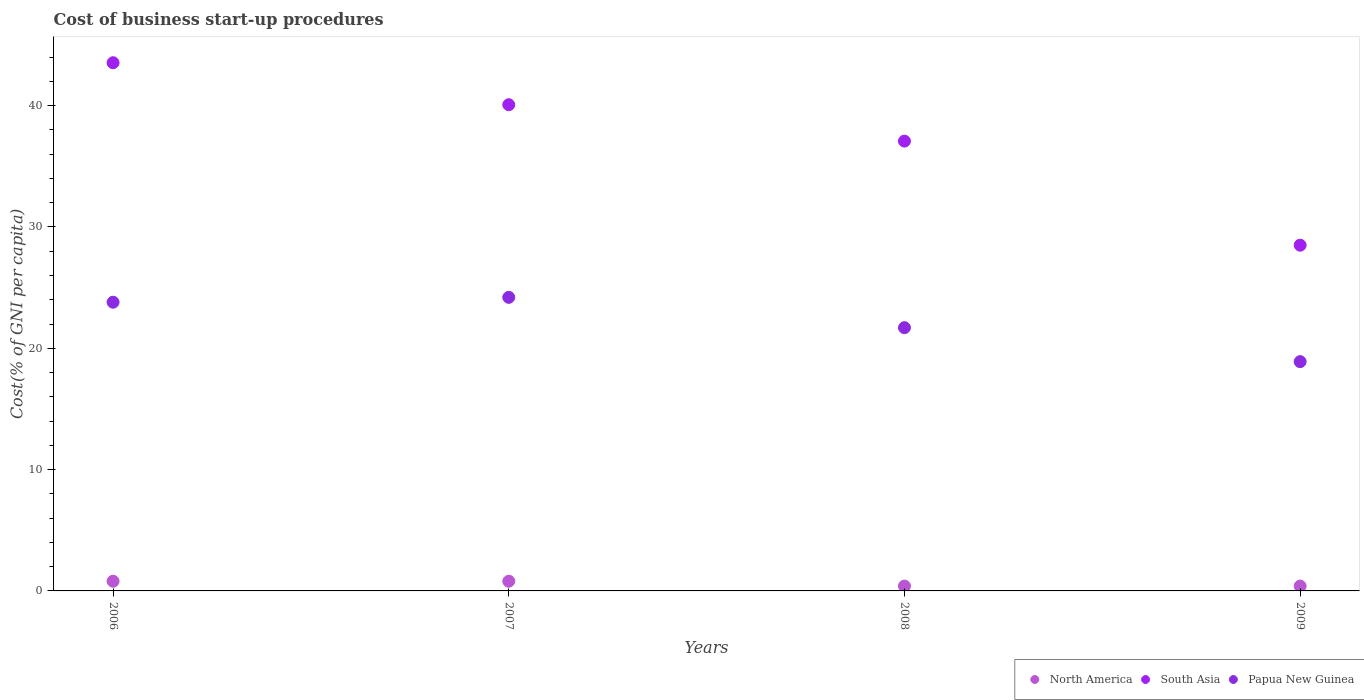
| Years | North America | South Asia | Papua New Guinea |
 | --- | --- | --- | --- |
 | 2006 | 0.8 | 43.5 | 23.8 |
 | 2007 | 0.8 | 40.1 | 24.2 |
 | 2008 | 0.4 | 37.1 | 21.7 |
 | 2009 | 0.4 | 28.5 | 18.9 |